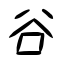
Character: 谷